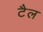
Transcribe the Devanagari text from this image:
टैल